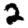
Digit: 2